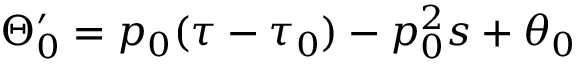
\Theta _ { 0 } ^ { \prime } = p _ { 0 } ( \tau - \tau _ { 0 } ) - p _ { 0 } ^ { 2 } s + \theta _ { 0 }